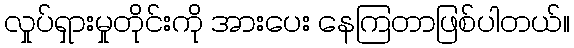
လှုပ်ရှားမှုတိုင်းကို အားပေး နေကြတာဖြစ်ပါတယ်။